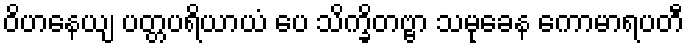
ဝိဟနေယျ ပတ္တပရိယာယံ ပေ သိက္ခိတဗ္ဗာ သမုခေန ကောမာရပတီ